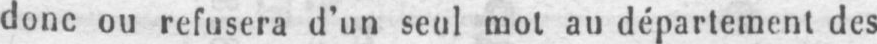
donc ou refusera d’un seul mot au département des